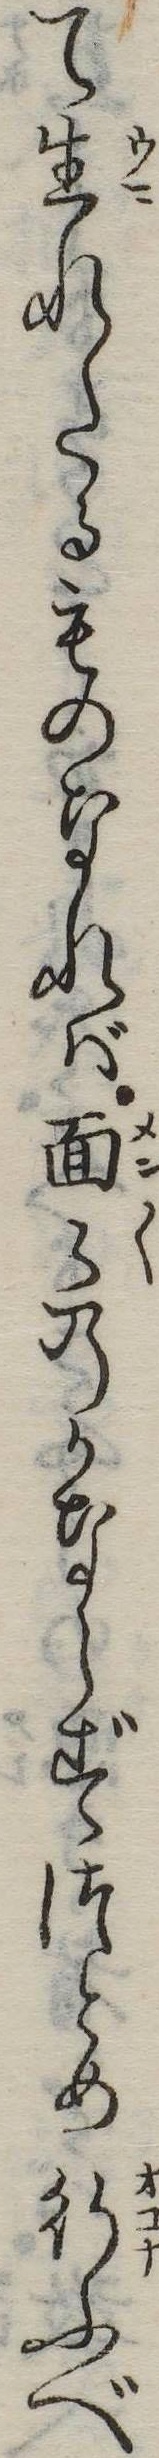
て生れたるものなれば面のかならずつとめ行ふべ